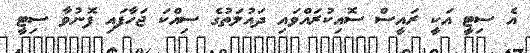
އެ ސިޓީ އަކީ ރައީސް ސޮއިކުރައްވައި ދައުލަތުގެ ސިއްކަ ޖަހާފައި ފޮނުވާ ސިޓީ